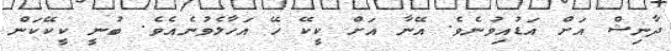
ދާނިޝް އަށް އަޑުއިވުނެވެ. އޭނާ އަށް ކީކޭ ހޭ އަހާލެވުނެއެވެ. ބުނީ ކީކޭކަން